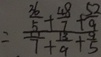
= \frac { ( \frac { 3 6 } { 5 } + \frac { 4 8 } { 7 } + \frac { 5 2 } { 9 } ) } { ( \frac { 1 1 } { 7 } + \frac { 1 3 } { 9 } + \frac { 9 } { 5 } ) }